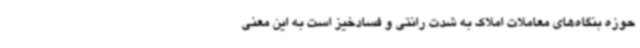
حوزه بنگاه‌های معاملات املاک به شدت رانتی و فسادخیز است به این معنی